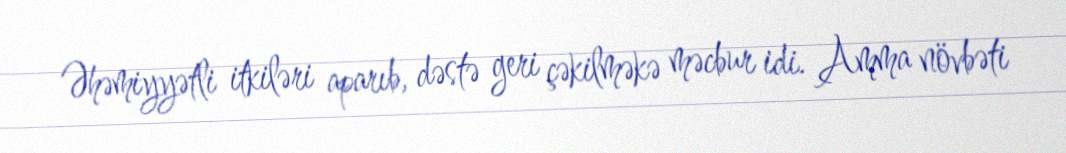
Əhəmiyyətli itkiləri aparıb, dəstə geri çəkilməkə məcbur idi. Amma növbəti